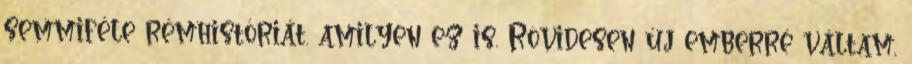
semmiféle rémhistóriát. amilyen ez is. Rövidesen új emberré váltam,